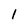
Character: 1